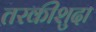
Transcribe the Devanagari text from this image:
तरकीशुदा